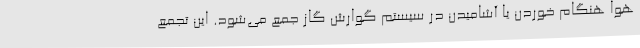
هوا هنگام خوردن یا آشامیدن در سیستم گوارش گاز جمع می‌شود. این تجمع